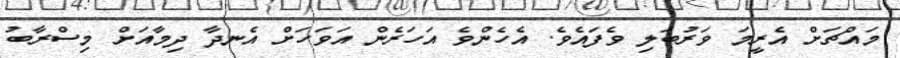
މައްޗަށް އެރީމަ ވަރުބަލި ވެފައެވެ. އެހެންވެ އަހަރެން އަވަހަށް އެނދާ ދިމާއަށް މިސްރާބު